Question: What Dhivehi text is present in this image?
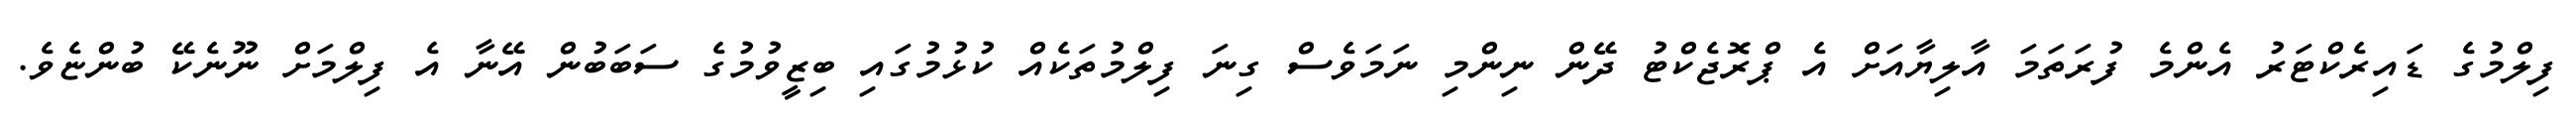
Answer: ފިލްމުގެ ޑައިރެކްޓަރު އެންމެ ފުރަތަމަ އާލިޔާއަށް އެ ޕްރޮޖެކްޓު ދޭން ނިންމި ނަމަވެސް ގިނަ ފިލްމުތަކެއް ކުޅުމުގައި ބިޒީވުމުގެ ސަބަބުން އޭނާ އެ ފިލްމަށް ނޫނެކޭ ބުންޏެވެ.